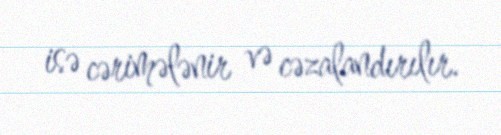
isə cərimələnir və cəzalandırılır.